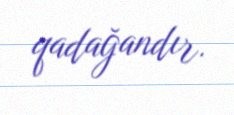
qadağandır.